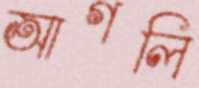
আগলি